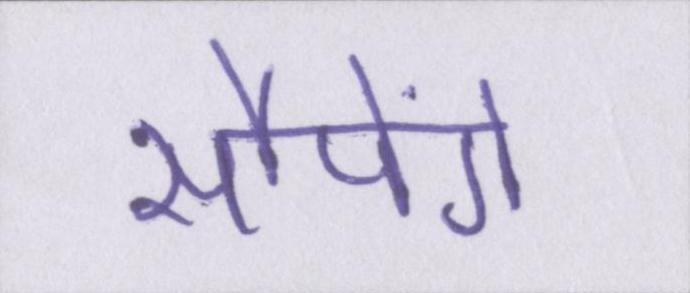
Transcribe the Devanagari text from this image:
सौपेंगे